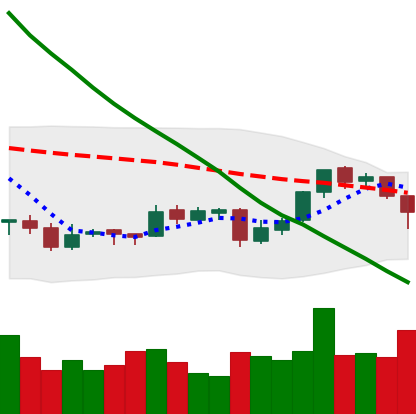
Ticker: EOS-USD
Chart end date: 2018-09-25
Forward return: 6.267%
Label: up_5_7